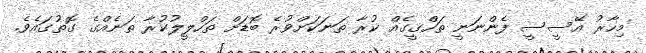
މިހާރު އޭސީސީ ފެންނަނީ ތަހްގީގެއް ކުރާ ތަނަކަށްވުރެ ބޮޑަށް ތަހްލީލުކުރާ ތަނެއްގެ ގޮތުގައެވެ.